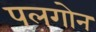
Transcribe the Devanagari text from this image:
पलगोन